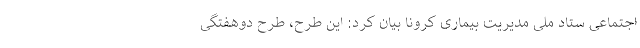
اجتماعی ستاد ملی مدیریت بیماری کرونا بیان کرد: این طرح، طرح دوهفتگی